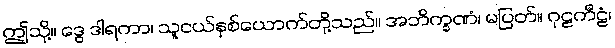
ဤသို့။ ဒွေ ဒါရကာ၊ သူငယ်နှစ်ယောက်တို့သည်။ အဘိက္ခဏံ၊ မပြတ်။ ဂုဠကီဠံ၊